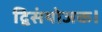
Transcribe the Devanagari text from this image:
द्विसंयोजक।